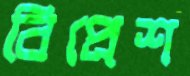
বিপ্রেশ